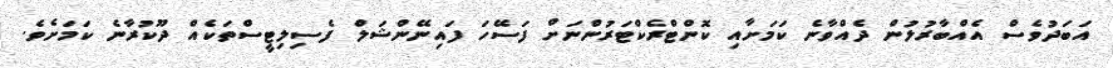
އަބަދުވެސް އެއްބާރުލުން ދެއްވާނެ ކަމަށާއި ކޮންޓްރެކްޓަރުންނަށް ފަސޭހަ ފައިނޭންޝަލް ފެސިލިޓީސްތަކެއް ދޫކުރާނެ ކަމަށެވެ.